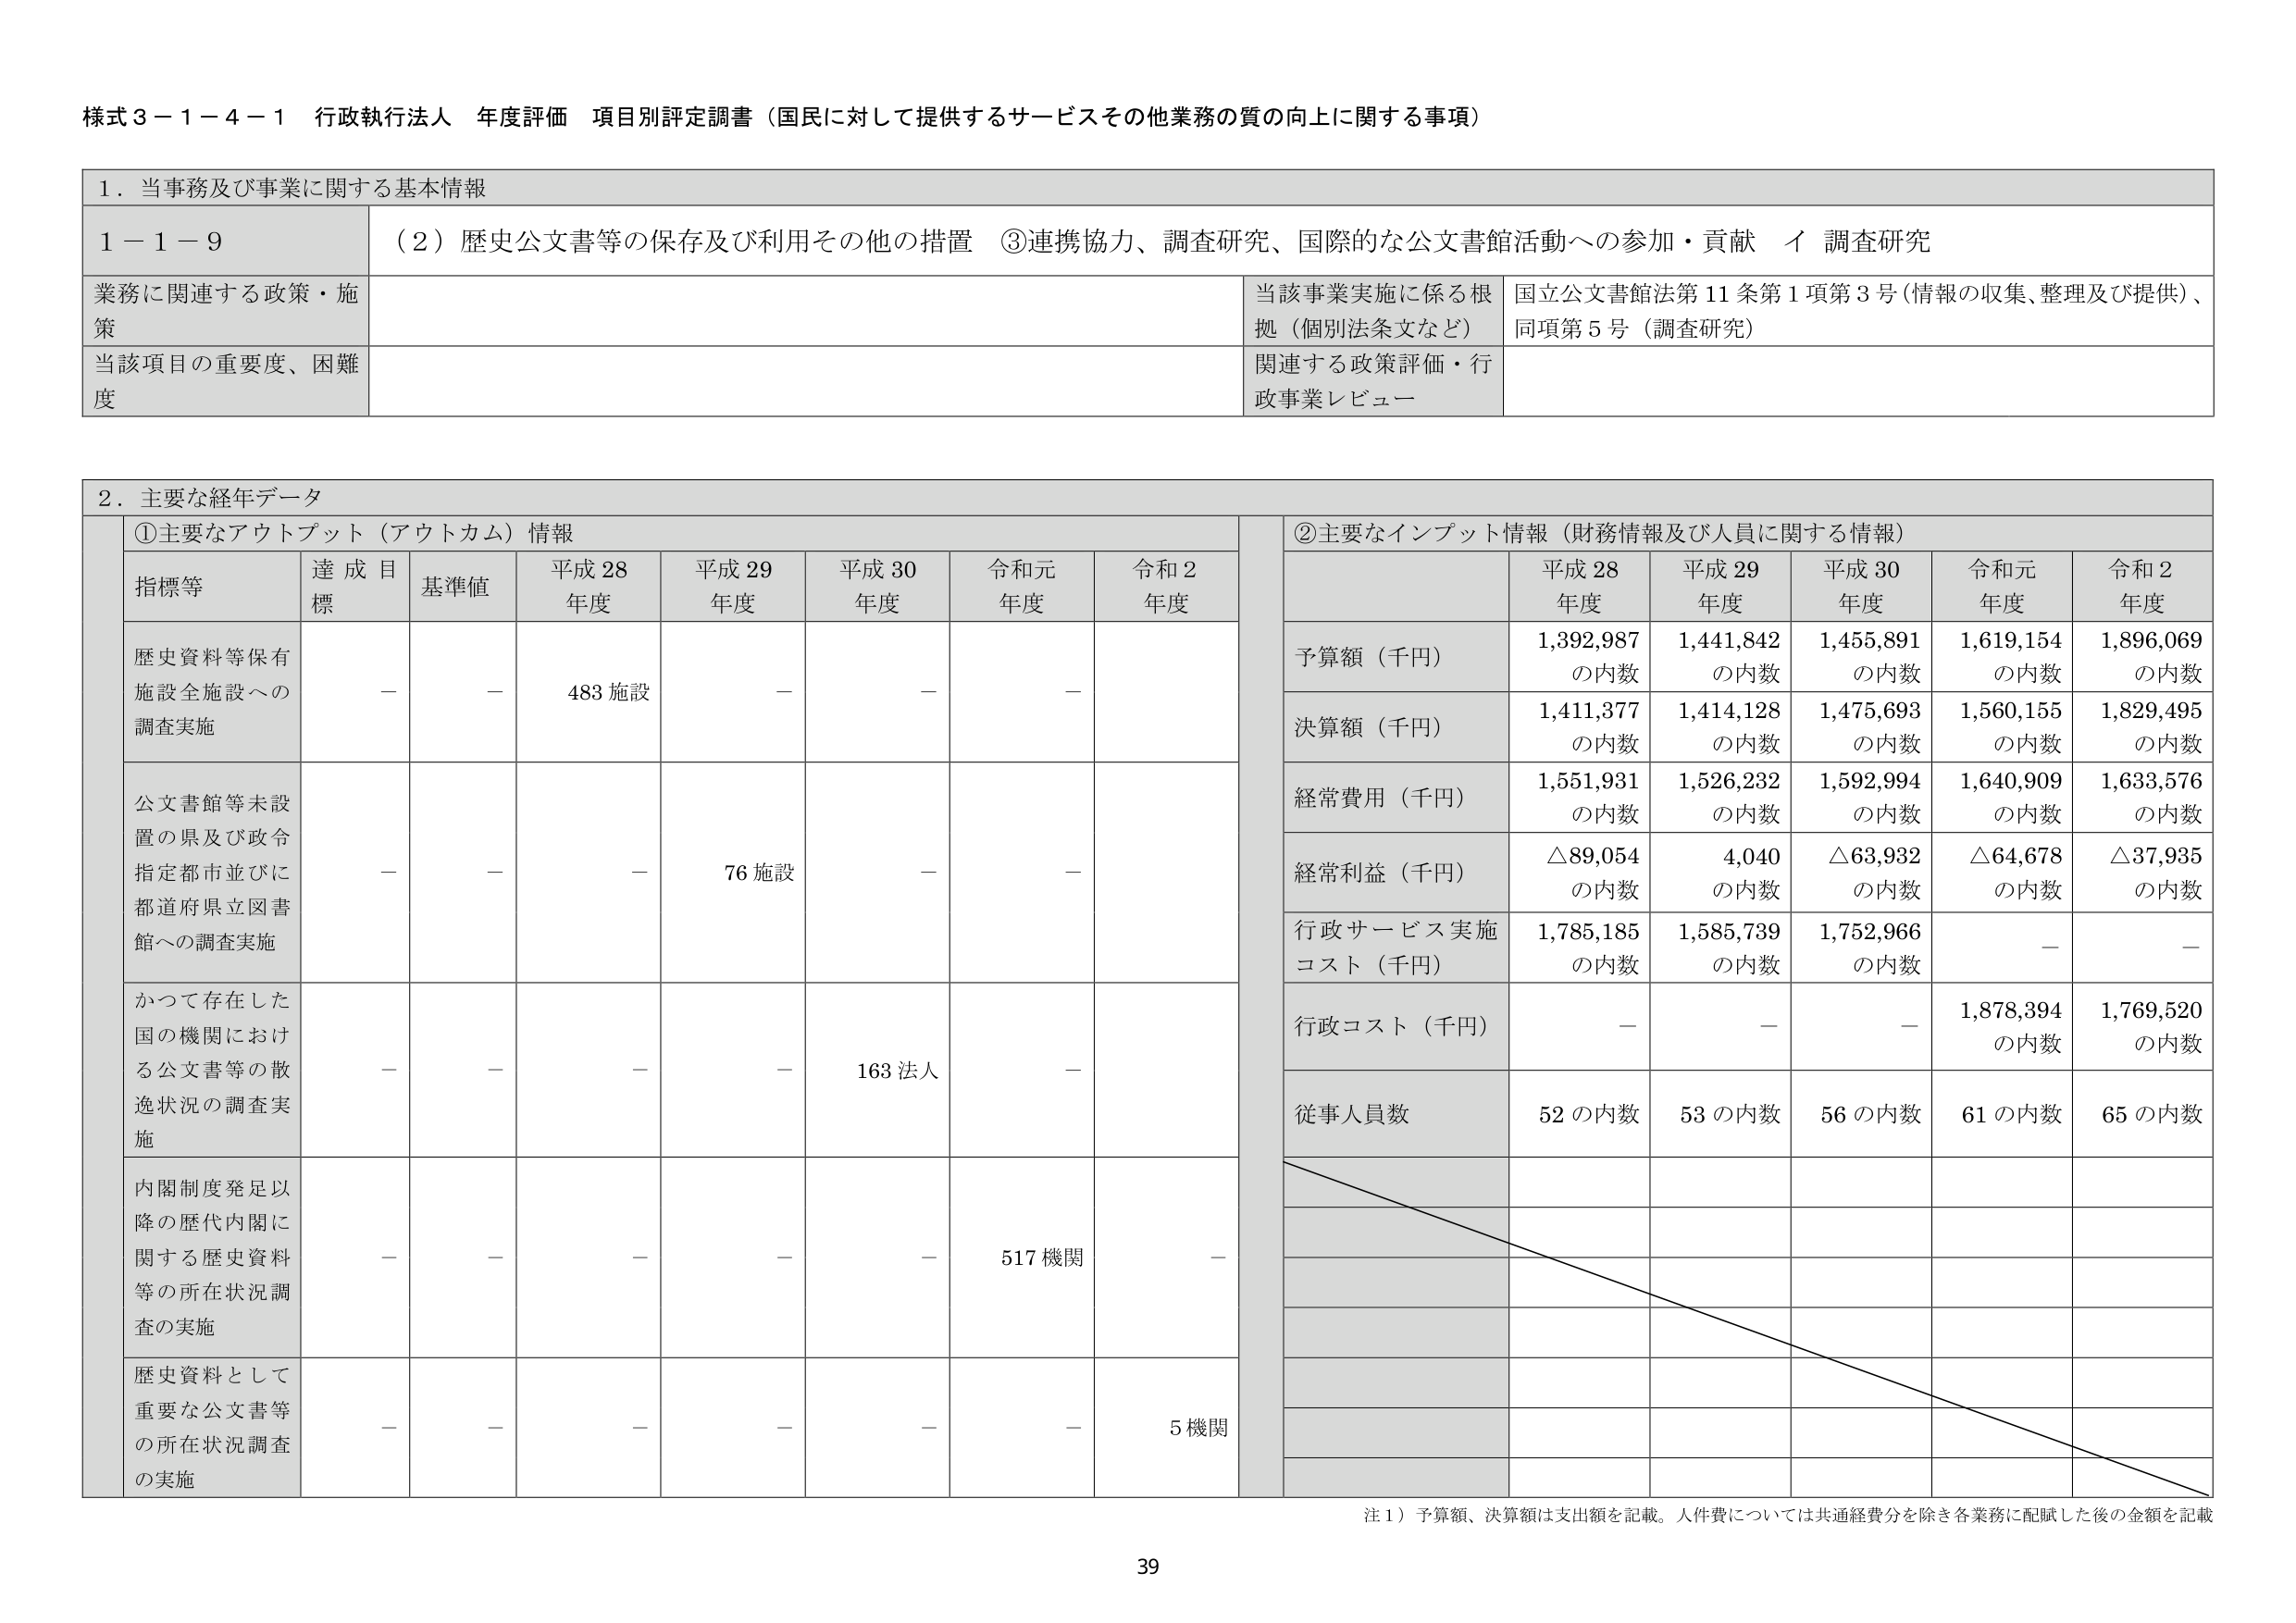
様式３－１－４－１ 行政執行法人 年度評価 項目別評定調書（国民に対して提供するサービスその他業務の質の向上に関する事項）

１．当事務及び事業に関する基本情報

１－１－９ （２）歴史公文書等の保存及び利用その他の措置 ③連携協力、調査研究、国際的な公文書館活動への参加・貢献 イ 調査研究

業務に関連する政策・施策 当該事業実施に係る根拠（個別法条文など） 国立公文書館法第11条第1項第3号（情報の収集、整理及び提供）、同項第5号（調査研究）

当該項目の重要度、困難度 関連する政策評価・行政事業レビュー

２．主要な経年データ

①主要なアウトプット（アウトカム）情報

指標等 達成目標 基準値 平成28年度 平成29年度 平成30年度 令和元年度 令和2年度

歴史資料等保有施設全施設への調査実施 － － 483施設 － － － －

公文書館等未設置の県及び政令指定都市並びに都道府県立図書館への調査実施 － － － 76施設 － － －

かつて存在した国の機関における公文書等の散逸状況の調査実施 － － － － 163法人 － －

内閣制度発足以降の歴代内閣に関する歴史資料等の所在状況調査の実施 － － － － － 517機関 －

歴史資料として重要な公文書等の所在状況調査の実施 － － － － － － 5機関

②主要なインプット情報（財務情報及び人員に関する情報）

平成28年度 平成29年度 平成30年度 令和元年度 令和2年度

予算額（千円） 1,392,987 の内数 1,441,842 の内数 1,455,891 の内数 1,619,154 の内数 1,896,069 の内数

決算額（千円） 1,411,377 の内数 1,414,128 の内数 1,475,693 の内数 1,560,155 の内数 1,829,495 の内数

経常費用（千円） 1,551,931 の内数 1,526,232 の内数 1,592,994 の内数 1,640,909 の内数 1,633,576 の内数

経常利益（千円） △89,054 の内数 4,040 の内数 △63,932 の内数 △64,678 の内数 △37,935 の内数

行政サービス実施コスト（千円） 1,785,185 の内数 1,585,739 の内数 1,752,966 の内数 － －

行政コスト（千円） － － － 1,878,394 の内数 1,769,520 の内数

従事人員数 52の内数 53の内数 56の内数 61の内数 65の内数

注１）予算額、決算額は支出額を記載。人件費については共通経費分を除き各業務に配賦した後の金額を記載

39